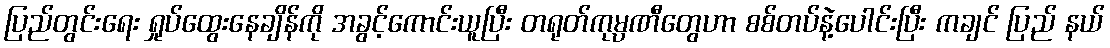
ပြည်တွင်းရေး ရှုပ်ထွေးနေချိန်ကို အခွင့်ကောင်းယူပြီး တရုတ်ကုမ္ပဏီတွေဟာ စစ်တပ်နဲ့ပေါင်းပြီး ကချင် ပြည် နယ်